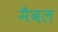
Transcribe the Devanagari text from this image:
मैबल